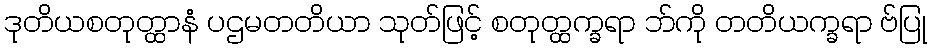
ဒုတိယစတုတ္ထာနံ ပဌမတတိယာ သုတ်ဖြင့် စတုတ္ထက္ခရာ ဘ်ကို တတိယက္ခရာ ဗ်ပြု